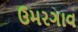
ઉમરગાવ